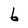
Character: 6